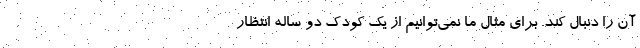
آن را دنبال کند. برای مثال ما نمی‌توانیم از یک کودک دو ساله انتظار